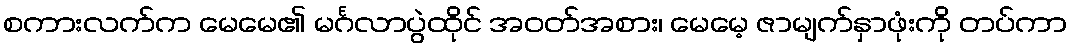
စကားလက်က မေမေ၏ မင်္ဂလာပွဲထိုင် အဝတ်အစား၊ မေမေ့ ဇာမျက်နှာဖုံးကို တပ်ကာ